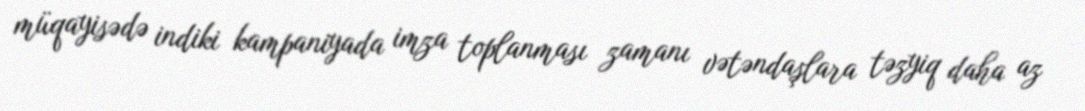
müqayisədə indiki kampaniyada imza toplanması zamanı vətəndaşlara təzyiq daha az